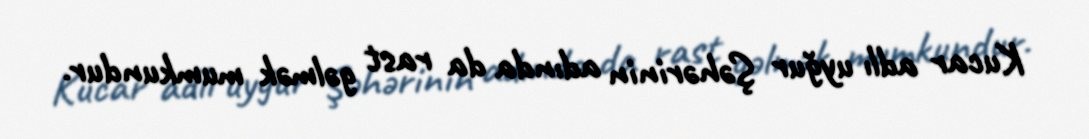
Kucar adlı uyğur Şəhərinin adında da rast gəlmək mumkundur.